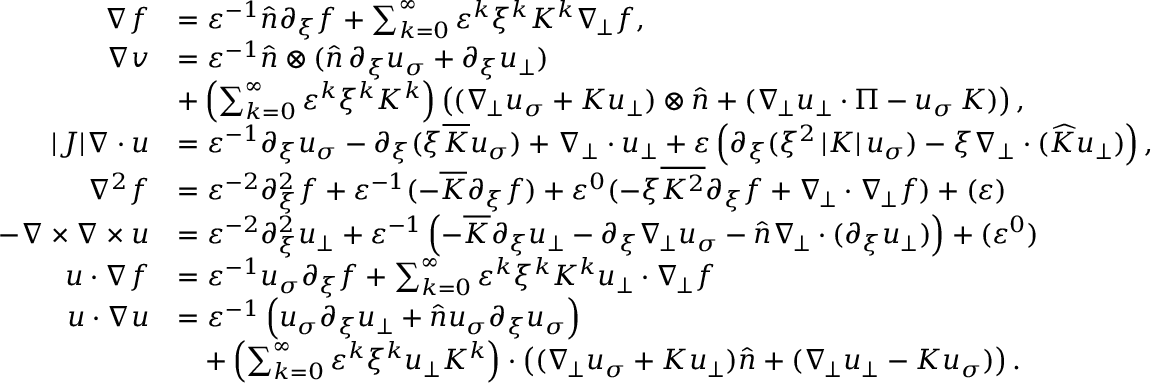
\begin{array} { r l } { \nabla f } & { = \varepsilon ^ { - 1 } \widehat { n } \partial _ { \xi } f + \sum _ { k = 0 } ^ { \infty } \varepsilon ^ { k } \xi ^ { k } K ^ { k } \nabla _ { \! \bot } f , } \\ { \nabla v } & { = \varepsilon ^ { - 1 } \widehat { n } \otimes ( \widehat { n } \, \partial _ { \xi } u _ { \sigma } + \partial _ { \xi } u _ { \bot } ) } \\ & { + \left( \sum _ { k = 0 } ^ { \infty } \varepsilon ^ { k } \xi ^ { k } K ^ { k } \right) \left( ( \nabla _ { \! \bot } u _ { \sigma } + K u _ { \bot } ) \otimes \widehat { n } + ( \nabla _ { \! \bot } u _ { \bot } \cdot \Pi - u _ { \sigma } \, K ) \right) , } \\ { | J | \nabla \cdot { u } } & { = \varepsilon ^ { - 1 } { \partial _ { \xi } u _ { \sigma } } - \partial _ { \xi } ( \xi \overline { { K } } u _ { \sigma } ) + \nabla _ { \bot } \cdot { u _ { \bot } } + \varepsilon \left( \partial _ { \xi } ( \xi ^ { 2 } \left| K \right| u _ { \sigma } ) - \xi \nabla _ { \bot } \cdot ( \widehat { K } u _ { \bot } ) \right) , } \\ { \nabla ^ { 2 } f } & { = \varepsilon ^ { - 2 } \partial _ { \xi } ^ { 2 } f + \varepsilon ^ { - 1 } ( - \overline { { K } } \partial _ { \xi } f ) + \varepsilon ^ { 0 } ( - \xi \overline { { K ^ { 2 } } } \partial _ { \xi } f + \nabla _ { \! \bot } \cdot \nabla _ { \! \bot } f ) + \O ( \varepsilon ) } \\ { - \nabla \times \nabla \times { u } } & { = \varepsilon ^ { - 2 } \partial _ { \xi } ^ { 2 } u _ { \bot } + \varepsilon ^ { - 1 } \left( - \overline { { K } } \partial _ { \xi } u _ { \bot } - \partial _ { \xi } \nabla _ { \! \bot } u _ { \sigma } - \widehat { n } \nabla _ { \! \bot } \cdot ( \partial _ { \xi } u _ { \bot } ) \right) + \O ( \varepsilon ^ { 0 } ) } \\ { { u } \cdot \nabla f } & { = \varepsilon ^ { - 1 } u _ { \sigma } \partial _ { \xi } f + \sum _ { k = 0 } ^ { \infty } \varepsilon ^ { k } \xi ^ { k } K ^ { k } u _ { \bot } \cdot \nabla _ { \! \bot } f } \\ { { u } \cdot \nabla { u } } & { = \varepsilon ^ { - 1 } \left( u _ { \sigma } \partial _ { \xi } u _ { \bot } + \widehat { n } u _ { \sigma } \partial _ { \xi } u _ { \sigma } \right) } \\ & { \quad + \left( \sum _ { k = 0 } ^ { \infty } \varepsilon ^ { k } \xi ^ { k } u _ { \bot } K ^ { k } \right) \cdot \left( ( \nabla _ { \! \bot } u _ { \sigma } + K u _ { \bot } ) \widehat { n } + ( \nabla _ { \! \bot } u _ { \bot } - K u _ { \sigma } ) \right) . } \end{array}